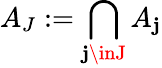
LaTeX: A_{J}:=\bigcap_{\mathbf{j}\inJ}A_{\mathbf{j}}